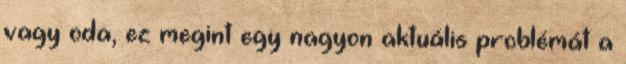
vagy oda, ez megint egy nagyon aktuális problémát a